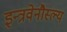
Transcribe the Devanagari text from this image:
इन्त्रवेनौस्ल्य